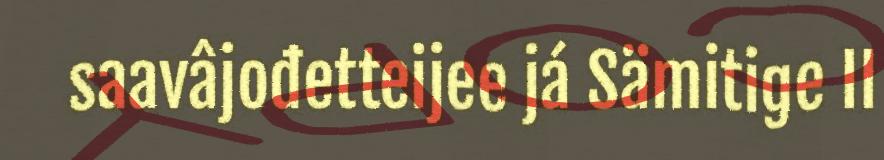
saavâjođetteijee já Sämitige II